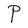
Character: P